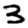
Digit: 3